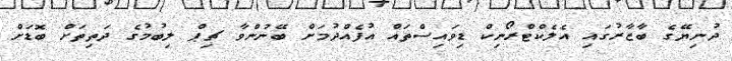
ދުނިޔޭގެ ބާޒާރުގައި އެލެކްޓްރޯނިކް ޑިވައިސްތައް އުފެއްދުމަށް ބޭނުންވާ ޗިޕް ލިބުމުގެ ދަތިތަށް ބޮޑަށް